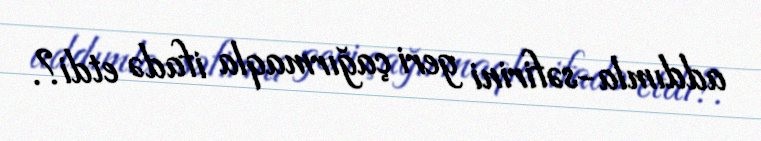
addımla-səfirini geri çağırmaqla ifadə etdi?.